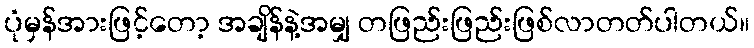
ပုံမှန်အားဖြင့်တော့ အချိန်နဲ့အမျှ တဖြည်းဖြည်းဖြစ်လာတတ်ပါတယ်။